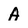
Character: A